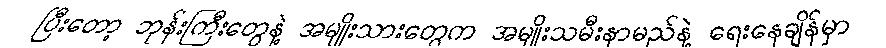
ပြီးတော့ ဘုန်းကြီးတွေနဲ့ အမျိုးသားတွေက အမျိုးသမီးနာမည်နဲ့ ရေးနေချိန်မှာ